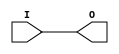

/*

FUNCTION	: BUFFER

*/

`timescale  100 ps / 10 ps

`celldefine

module BUFGTS (O, I);


    output O;

    input  I;

	buf B1 (O, I);

    specify
	(I *> O) = (0, 0);
    endspecify

endmodule

`endcelldefine